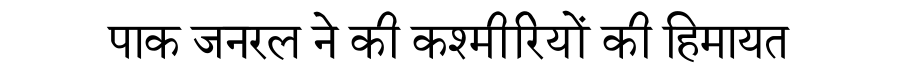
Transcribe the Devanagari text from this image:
पाक जनरल ने की कश्मीरियों की हिमायत